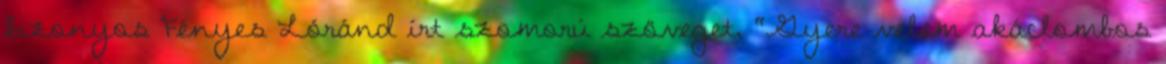
bizonyos Fényes Lóránd írt szomorú szöveget, "Gyere velem akáclombos